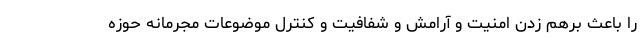
را باعث برهم زدن امنیت و آرامش و شفافیت و کنترل موضوعات مجرمانه حوزه